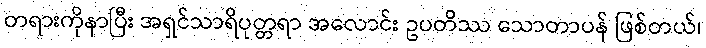
တရားကိုနာပြီး အရှင်သာရိပုတ္တရာ အလောင်း ဥပတိဿ သောတာပန် ဖြစ်တယ်၊